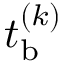
t _ { \mathrm { b } } ^ { ( k ) }